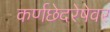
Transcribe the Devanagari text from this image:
कर्णछेदरेषेवर